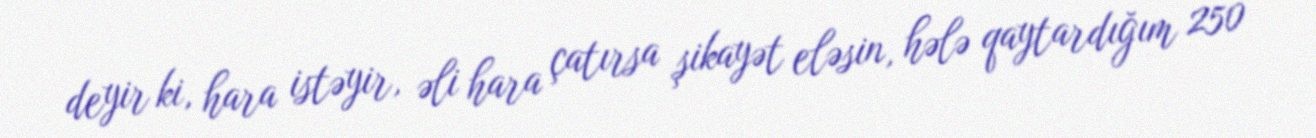
deyir ki, hara istəyir, əli hara çatırsa şikayət eləsin, hələ qaytardığım 250